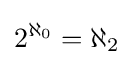
2^{\aleph _{0}}=\aleph _{2}